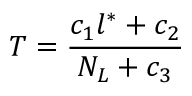
T = \frac { c _ { 1 } l ^ { * } + c _ { 2 } } { N _ { L } + c _ { 3 } }